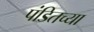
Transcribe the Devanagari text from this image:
पंडितच्या